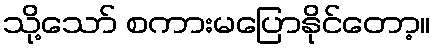
သို့သော် စကားမပြောနိုင်တော့။